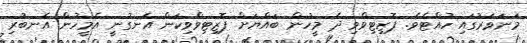
މަނަވަރުގައި ހުއްޓެވެ. ޕޮޒިޓިވްވި ދެ މީހުން ބައްޔަށް ޕޮޒިޓިވްވިކަން އެނގުނީ އެމީހުން އެނބުރި